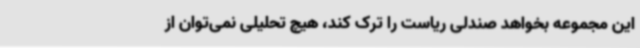
این مجموعه بخواهد صندلی ریاست را ترک کند، هیچ تحلیلی نمی‌توان از